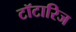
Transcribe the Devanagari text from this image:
टॉटारिज